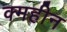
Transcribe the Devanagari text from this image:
क्महीन